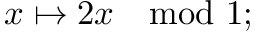
x \mapsto 2 x \mod 1 ;